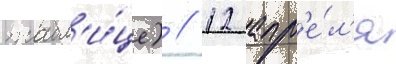
табл'и́це) // 12 апр'е́л'я